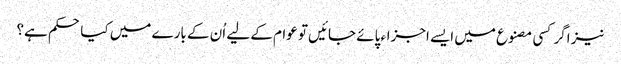
نیز اگر کسی مصنوع میں ایسے اجزاء پائے جائیں تو عوام کے لیے اُن کے بارے میں کیا حکم ہے؟